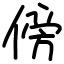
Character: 傍